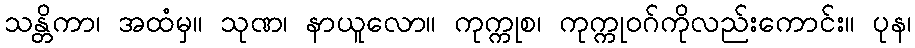
သန္တိကာ၊ အထံမှ။ သုဏ၊ နာယူလော။ ကုက္ကုစ၊ ကုက္ကုဝဂ်ကိုလည်းကောင်း။ ပုန၊